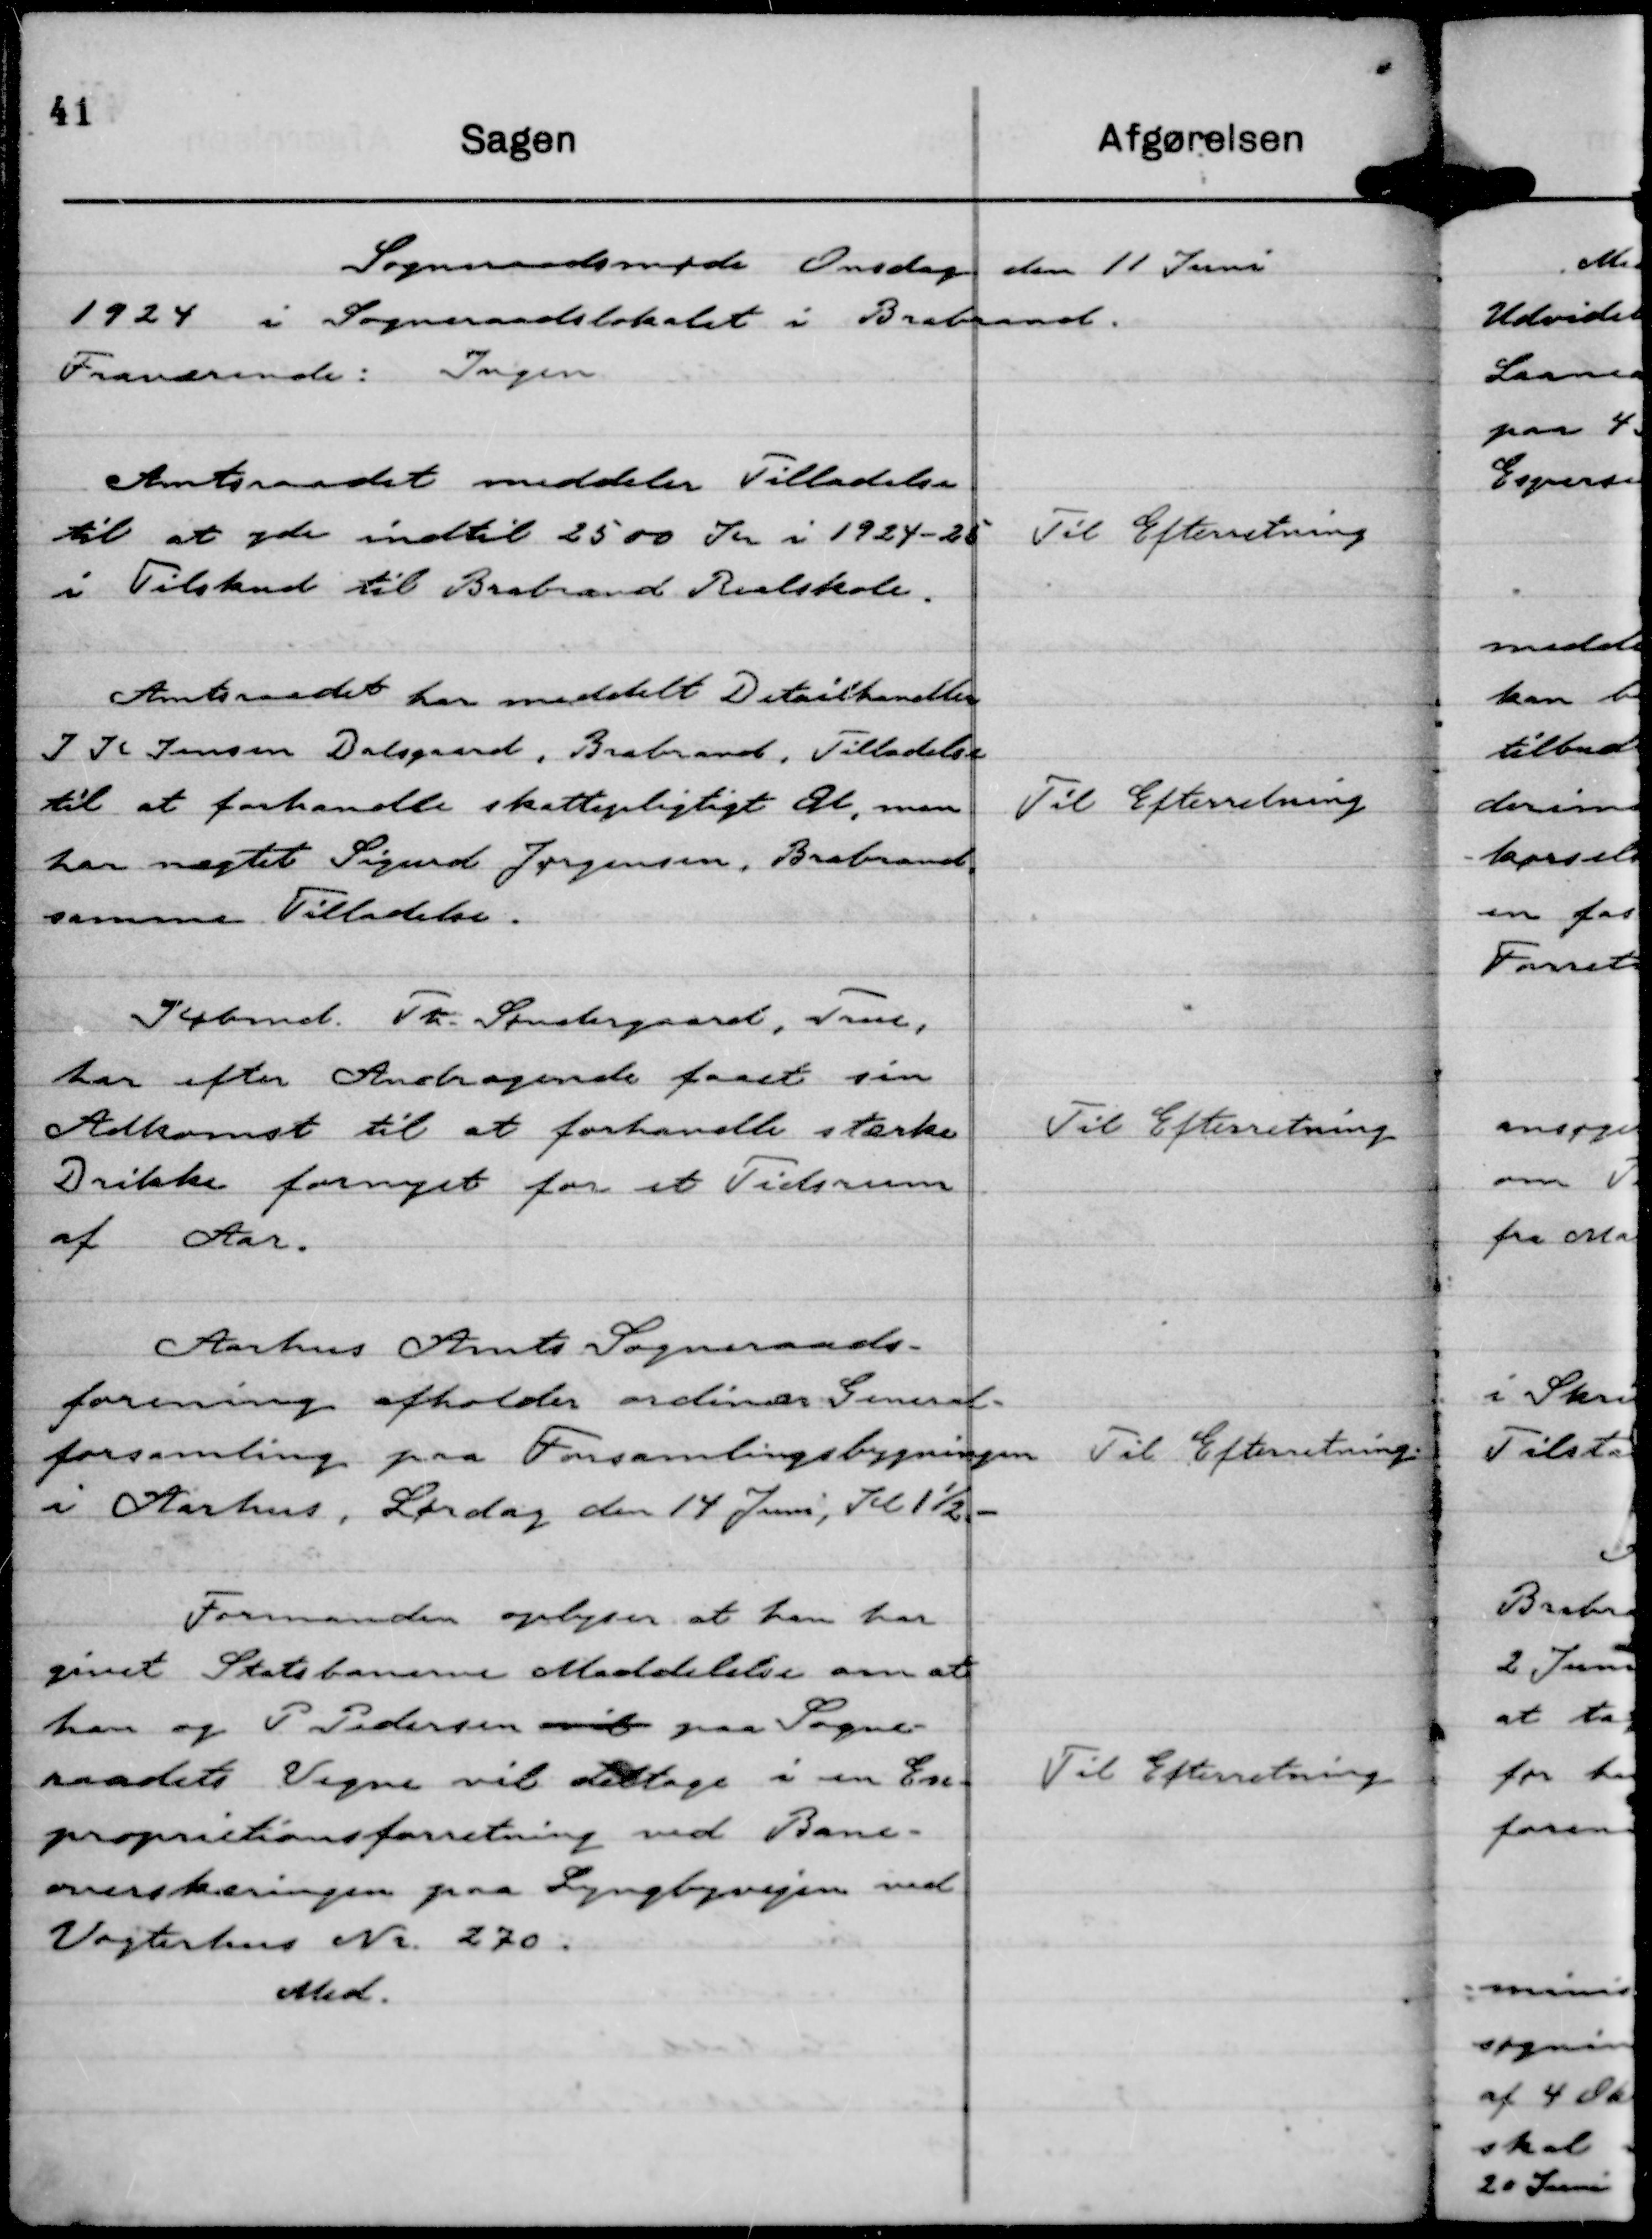
Transskription:
Sogneraadsmøde Onsdag den 11 Juni
1924 i Sogneraadslokalet i Brabrand.
Fraværende: Ingen

Amtsraadet meddeler Tilladelse
til at yde indtil 2500 Kr i 1924 - 25
i Tilskud til Brabrand Realskole.

Til Efterretning

Amtsraadet har meddelt Detailhandler
J K Jensen Dalsgaard, Brabrand, Tilladelse
til at forhandle skattepligtigt Øl, men
har nægtet Sigurd Jørgensen, Brabrand
samme Tilladelse.

Til Efterretning

Købmd. Th. Søndergaard, True,
har efter Andragende faaet sin
Adkomst til at forhandle stærke
Drikke fornyet for et Tidsrum
af .. Aar.

Til Efterretning

Aarhus Amts Sogneraads-
forening afholder ordinær General-
forsamling paa Forsamlingsbygningen
i Aarhus, Lørdag den 14 Juni, Kl 1½. -

Til Efterretning.

Formanden oplyser at han har
givet Statsbanerne Meddelelse om at
han og P Pedersen mød paa Sogne-
raadets Vegne vil deltage i en Exe-
proprietionsforretning ved Bane-
overskæringen paa Lyngbyvejen ved
Vogterhus Nr. 270.
Med.

Til Efterretning